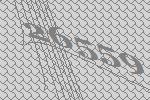
26559